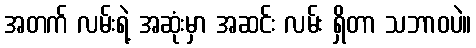
အတက် လမ်းရဲ့ အဆုံးမှာ အဆင်း လမ်း ရှိတာ သဘာဝပဲ။